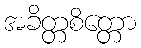
အခိတ္တစိတ္တော